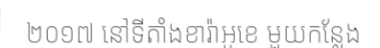
២០១៧ នៅទីតាំងខារ៉ាអូខេ មួយកន្លែង